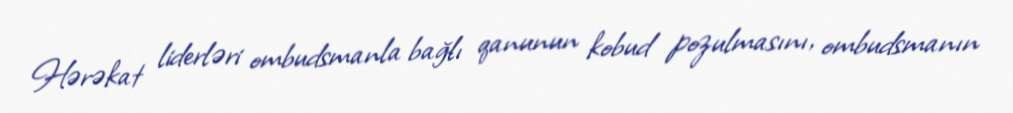
Hərəkat liderləri ombudsmanla bağlı qanunun kobud pozulmasını, ombudsmanın